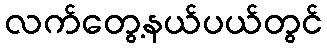
လက်တွေ့နယ်ပယ်တွင်